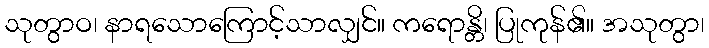
သုတွာဝ၊ နာရသောကြောင့်သာလျှင်။ ကရောန္တိ၊ ပြုကုန်၏။ အသုတွာ၊